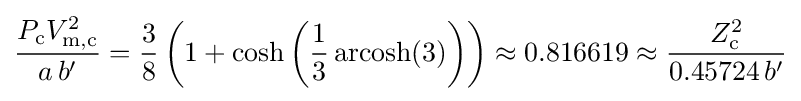
{\frac {P_{\text{c}}V_{{\text{m}},{\text{c}}}^{2}}{a\,b'}}={\frac {3}{8}}\left(1+\cosh \left({\frac {1}{3}}\operatorname {arcosh} (3)\right)\right)\approx 0.816619\approx {\frac {Z_{\text{c}}^{2}}{0.45724\,b'}}